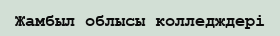
Жамбыл облысы колледждері